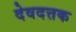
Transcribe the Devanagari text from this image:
देवदत्तक